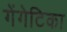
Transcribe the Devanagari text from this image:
गेंगेटिका